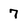
Character: 7